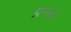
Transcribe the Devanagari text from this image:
ग्नन्थ